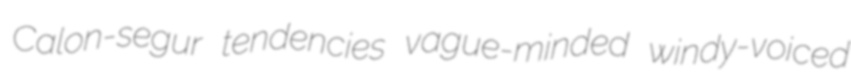
Calon-segur tendencies vague-minded windy-voiced